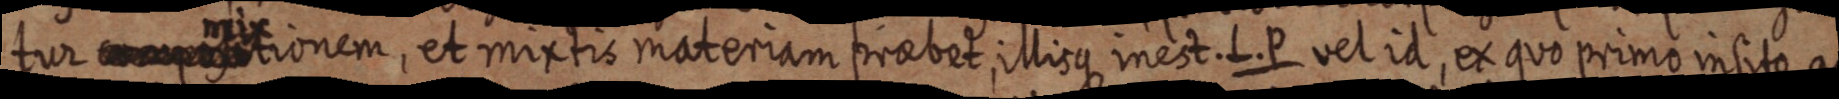
tur mixtionem, et mixtis materiam praebet, illisque in est. L. P vel id, ex quo primo in sito ac